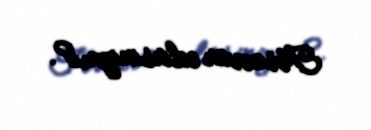
Təsəvvür edirsinizmi?.